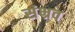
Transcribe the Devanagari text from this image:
संभ्रव